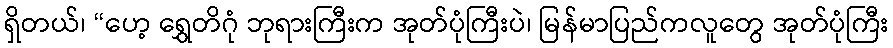
ရှိတယ်၊ “ဟေ့ ရွှေတိဂုံ ဘုရားကြီးက အုတ်ပုံကြီးပဲ၊ မြန်မာပြည်ကလူတွေ အုတ်ပုံကြီး